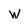
Character: W